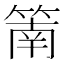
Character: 䈒